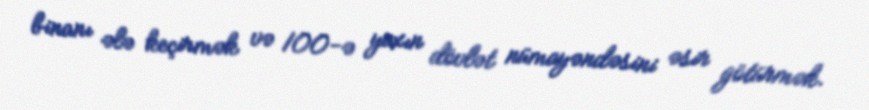
binanı ələ keçirmək və 100-ə yaxın dövlət nümayəndəsini əsir götürmək.